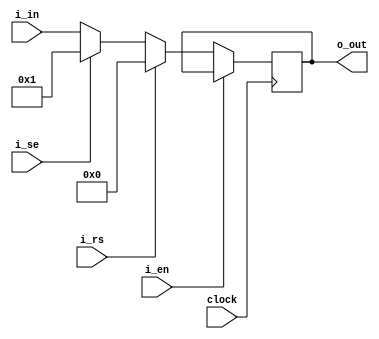
`timescale 1ns / 1ps
//////////////////////////////////////////////////////////////////////////////////
// Company: 
// Engineer: 
// 
// Design Name: 
// Module Name:    ejercicio_5 
// Project Name: 
// Target Devices: 
// Tool versions: 
// Description: 
//
// Dependencies: 
//
// Revision: 
// Revision 0.01 - File Created
// Additional Comments: 

//5.	Escriba un modelo Verilog de un flip-flop con:
//a.	Una seal de Clock-enable sncrona con lgica negativa
//b.	2 entradas, una de reset y otra de preset asincrnicas y con lgica positiva.
//c.	Y ambas salidas Q y ~Q (not Q).

//
//////////////////////////////////////////////////////////////////////////////////
module ejercicio_5#(parameter N=32)(
	input wire [N-1:0]i_in,
	output reg [N-1:0]o_out,
	input wire i_en,
	input wire i_rs,
	input wire i_se,
	
	input wire clock
    );
	 
 always@(posedge clock)
	 
	 begin
		 if(i_en == 0)
		 begin
			 
			 if(i_rs == 1)
			 begin
				 o_out <= 0;
			 end
			 else if(i_se == 1)
			 begin
				 o_out <= 1;
			 end
			 else
			 begin
				 o_out <= i_in;
		 end	 
	 
	 end
	 
 end
	 
	 
endmodule